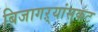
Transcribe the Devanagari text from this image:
बिजागऱ्यांसकट